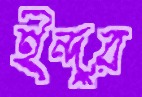
ইন্দুর